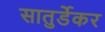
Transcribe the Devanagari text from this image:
सातुर्डेकर